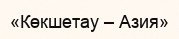
«Көкшетау – Азия»